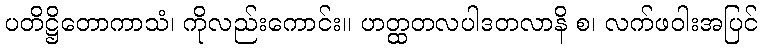
ပတိဋ္ဌိတောကာသံ၊ ကိုလည်းကောင်း။ ဟတ္ထတလပါဒတလာနိ စ၊ လက်ဖဝါးအပြင်